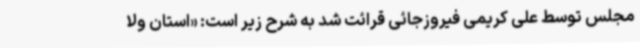
مجلس توسط علی کریمی فیروزجائی قرائت شد به شرح زیر است: «استان ولا